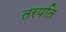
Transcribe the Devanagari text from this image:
तरपति